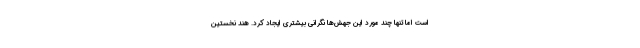
است اما تنها چند مورد این جهش‌ها نگرانی بیشتری ایجاد کرد. هند نخستین